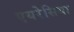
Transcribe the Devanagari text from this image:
एयरेसिया